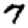
Digit: 7